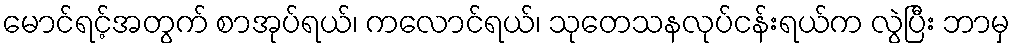
မောင်ရင့်အတွက် စာအုပ်ရယ်၊ ကလောင်ရယ်၊ သုတေသနလုပ်ငန်းရယ်က လွဲပြီး ဘာမှ